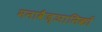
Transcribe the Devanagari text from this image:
मनावैज्ञानिकों